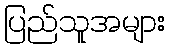
ပြည်သူအများ